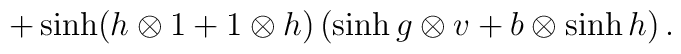
+\sinh(h\otimes 1+1\otimes h)\,(\sinh g\otimes v+b\otimes \sinh h)\,.